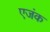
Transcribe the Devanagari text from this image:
एजंक